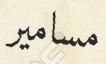
مسامير